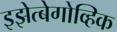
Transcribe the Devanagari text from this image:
इझेत्बेगोव्हिक